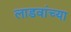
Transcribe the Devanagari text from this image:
लाडवांच्या